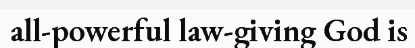
all-powerful law-giving God is